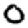
Digit: 0